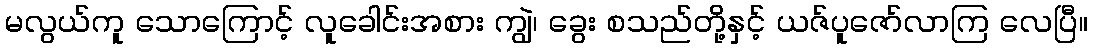
မလွယ်ကူ သောကြောင့် လူခေါင်းအစား ကျွဲ၊ ခွေး စသည်တို့နှင့် ယဇ်ပူဇော်လာကြ လေပြီ။